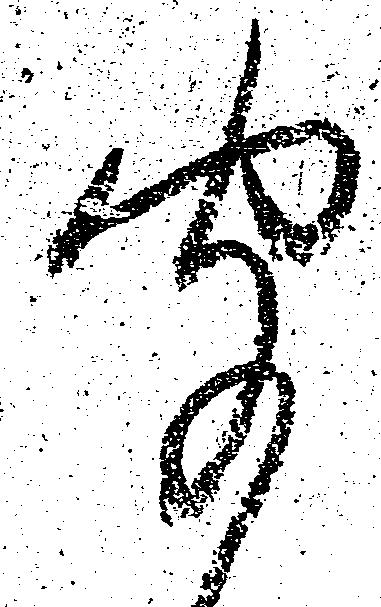
聞